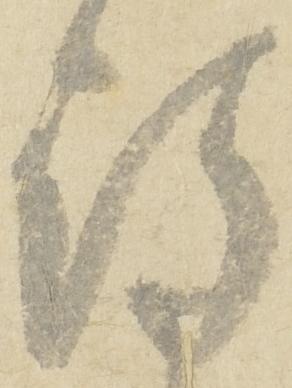
得